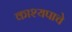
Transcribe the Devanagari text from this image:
काश्यपाचे